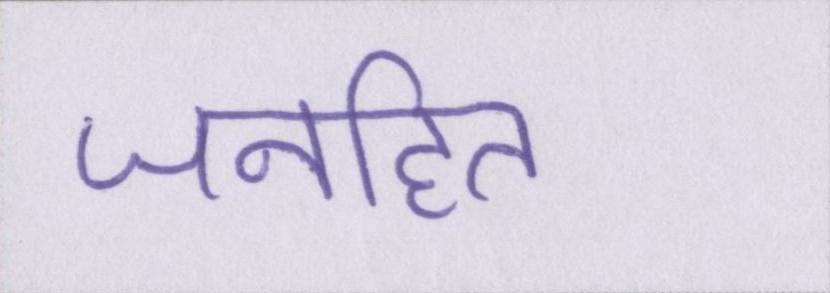
जनहित